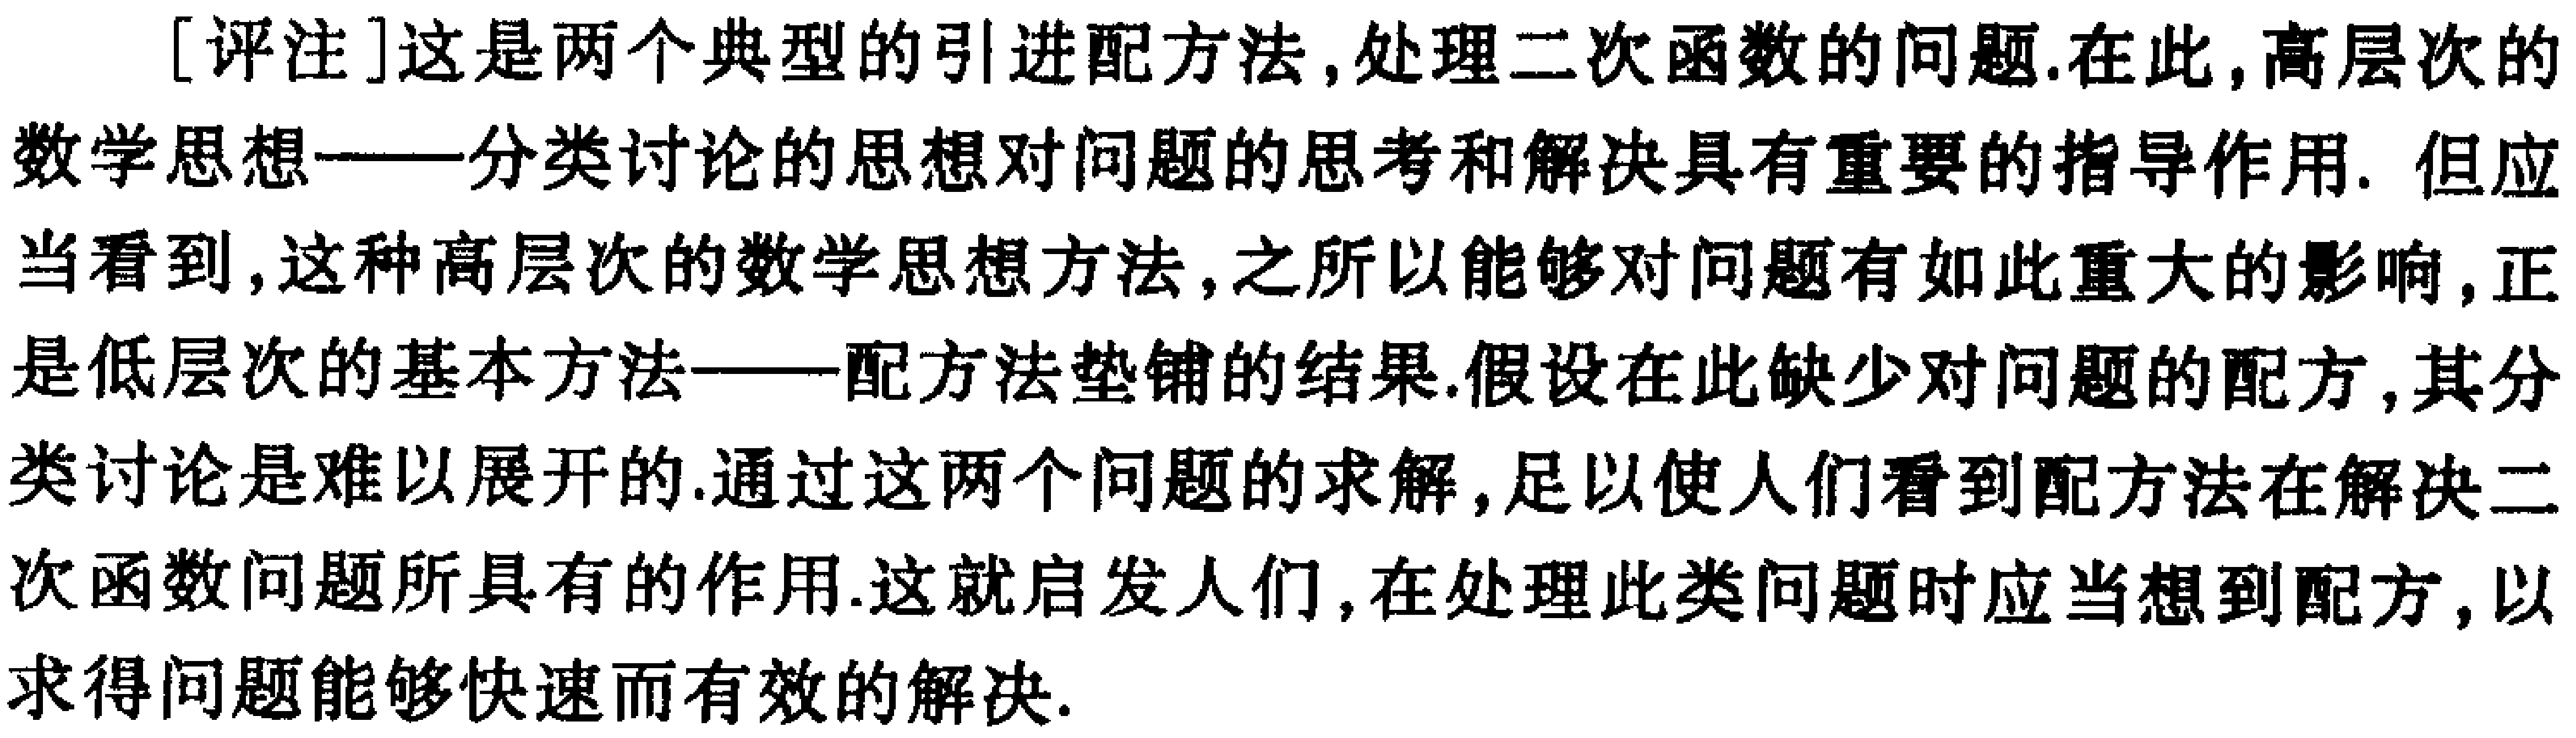
[评注]这是两个典型的引进配方法,处理二次函数的问题.在此,高层次的
数学思想——分类讨论的思想对问题的思考和解决具有重要的指导作用. 但应
当看到,这种高层次的数学思想方法,之所以能够对问题有如此重大的影响,正
是低层次的基本方法——配方法垫铺的结果.假设在此缺少对问题的配方,其分
类讨论是难以展开的.通过这两个问题的求解,足以使人们看到配方法在解决二
次函数问题所具有的作用.这就启发人们,在处理此类问题时应当想到配方,以
求得问题能够快速而有效的解决.